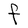
Character: F